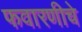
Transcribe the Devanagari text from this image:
फवारणीचे